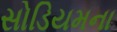
સોડિયમના